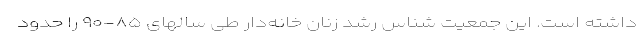
داشته است. این جمعیت شناس رشد زنان خانه‌دار طی سالهای ۸۵-۹۰ را حدود